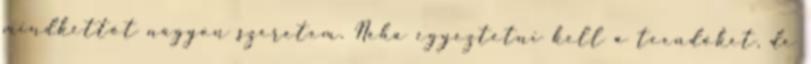
mindkettőt nagyon szeretem. Néha egyeztetni kell a teendőket, de